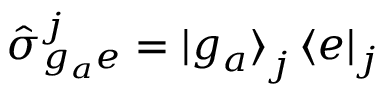
\hat { \sigma } _ { g _ { a } e } ^ { j } = \mathinner { | { g _ { a } } \rangle } _ { j } \mathinner { \langle { e } | } _ { j }